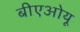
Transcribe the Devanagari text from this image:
बीएओयू